Report of the veterinary officer investigating camel disease
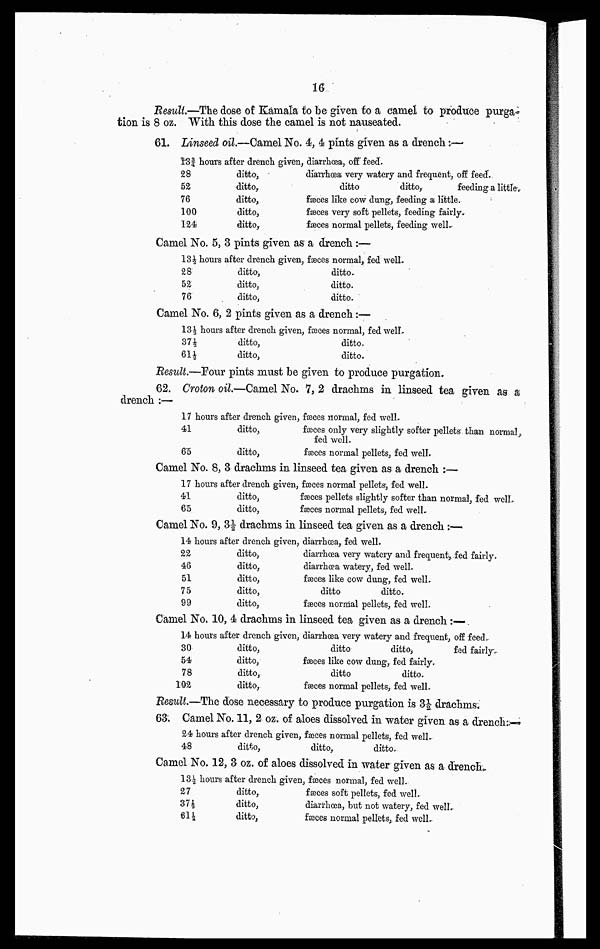
16
Result.—The dose of Kamala to be given to a camel to produce purga-
tion is 8 oz. With this dose the camel is not nauseated.
61. Linseed oil.—Camel No. 4, 4 pints given as a drench:—
13¾ hours
28
52
76
100
124
after drench given,
ditto,
ditto,
ditto,
ditto,
ditto,
diarrhoea, off feed.
diarrhoea very watery and frequent, off feed.
ditto
ditto,
feeding a little,
fæces like cow dung, feeding a little.
fæces very soft pellets, feeding fairly.
fæces normal pellets, feeding well.
Camel No. 5, 3 pints given as a drench :—
13½ hours
28
52
76
after drench given,
ditto
ditto.
ditto.
fæces normal, fed well.
ditto.
ditto.
ditto.
Camel No. 6, 2 pints given as a drench:—
13½ hours
37½
61½
after drench
ditto,
ditto,
given, fæces normal, fed well-
ditto.
ditto.
Result.—Pour pints must be given to produce purgation,
62. Croton oil.—Camel No. 7, 2 drachms in linseed tea given as a
drench :—
17 hours
41
65
after drench given,
ditto.
ditto.
fæces normal, fed well.
fæces only very slightly softer pellets than normal,.
fed well.
fæcesnormal pellets, fed well.
Camel No. 8, 3 drachms in linseed tea given as a drench :—
17 hours
41
65
after drench given,
ditto,
ditto,
fæces normal pellets, fed well.
fæces pellets slightly softer than normal, fed well,
fæces normal pellets, fed well
Camel No. 9, 3 ½ drachms in linseed tea given as a drench :—
14 hours
22
46
51
75
99
after drench given,
ditto,
ditto,
ditto,
ditto,
ditto,
diarrhœa, fed well.
diarrhœa very watery and frequent, fed fairly,
diarrhœa watery, fed well.
fæces like cow dung, fed well.
ditto
ditto.
fæces normal pellets, fed well.
Camel No. 10, 4 drachms in
linseed tea given
as a drench :—
14 hours
30
54
78
102
after drench given,
ditto,
ditto,
ditto,
ditto,
diarrhœa very watery
and frequent, off feed.
ditto
ditto
fed fairly.
fæces like cow dung,
fed fairly.
ditto
ditto.
fæces normal pellets,
fed well.
Result.—The dose necessary to produce purgation is 3½ drachms.
63. Camel No. 11, 2 oz. of aloes dissolved in water given as a drench:—
24 hours
48
after drench given,
ditto,
fasces normal pellets,
ditto,
fed well
ditto.
Camel No. 12, 3 oz. of aloes dissolved in water given as a drench.
13½ hours
27
37½
61½
after drench given,
ditto,.
ditto,
ditto,
fæces normal, fed well.
fæces soft pellets, fed well.
diarrhœa, but not watery, fed well.
fæces normal pellets, fed well.